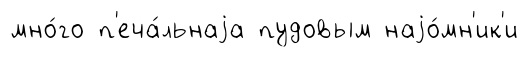
мно́го п'еча́льнаjа пудовым наjо́мн'ик'и